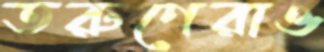
তরুণেরাও